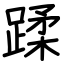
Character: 蹂